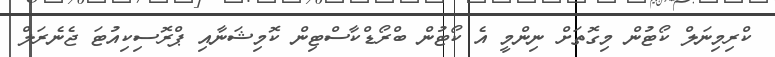
ކްރިމިނަލް ކޯޓުން މިގޮތަށް ނިންމީ އެ ކޯޓުން ބްރޯޑްކާސްޓިން ކޮމިޝަނާއި ޕްރޮސިކިއުޓަ ޖެނެރަލް